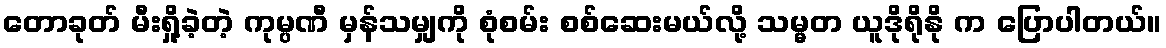
တောခုတ် မီးရှို့ခဲ့တဲ့ ကုမ္ပဏီ မှန်သမျှကို စုံစမ်း စစ်ဆေးမယ်လို့ သမ္မတ ယူဒိုရိုနို က ပြောပါတယ်။